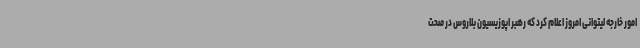
امور خارجه لیتوانی امروز اعلام کرد که رهبر اپوزیسیون بلاروس در صحت